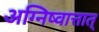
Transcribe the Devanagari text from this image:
अग्निष्वात्तात्